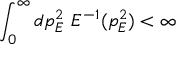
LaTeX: \int _ { 0 } ^ { \infty } d p _ { E } ^ { 2 } \ { \cal E } ^ { - 1 } ( p _ { E } ^ { 2 } ) < \infty